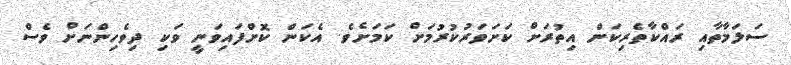
ސަލަމާތާއި ރައްކާތެރިކަން އިތުރަށް ކަށަވަރުކުރުމަށް ކަމަށެވެ. އެކަން ކޮށްފައިވަނީ ވަކި ދިވެހިންނަށް ވެސް